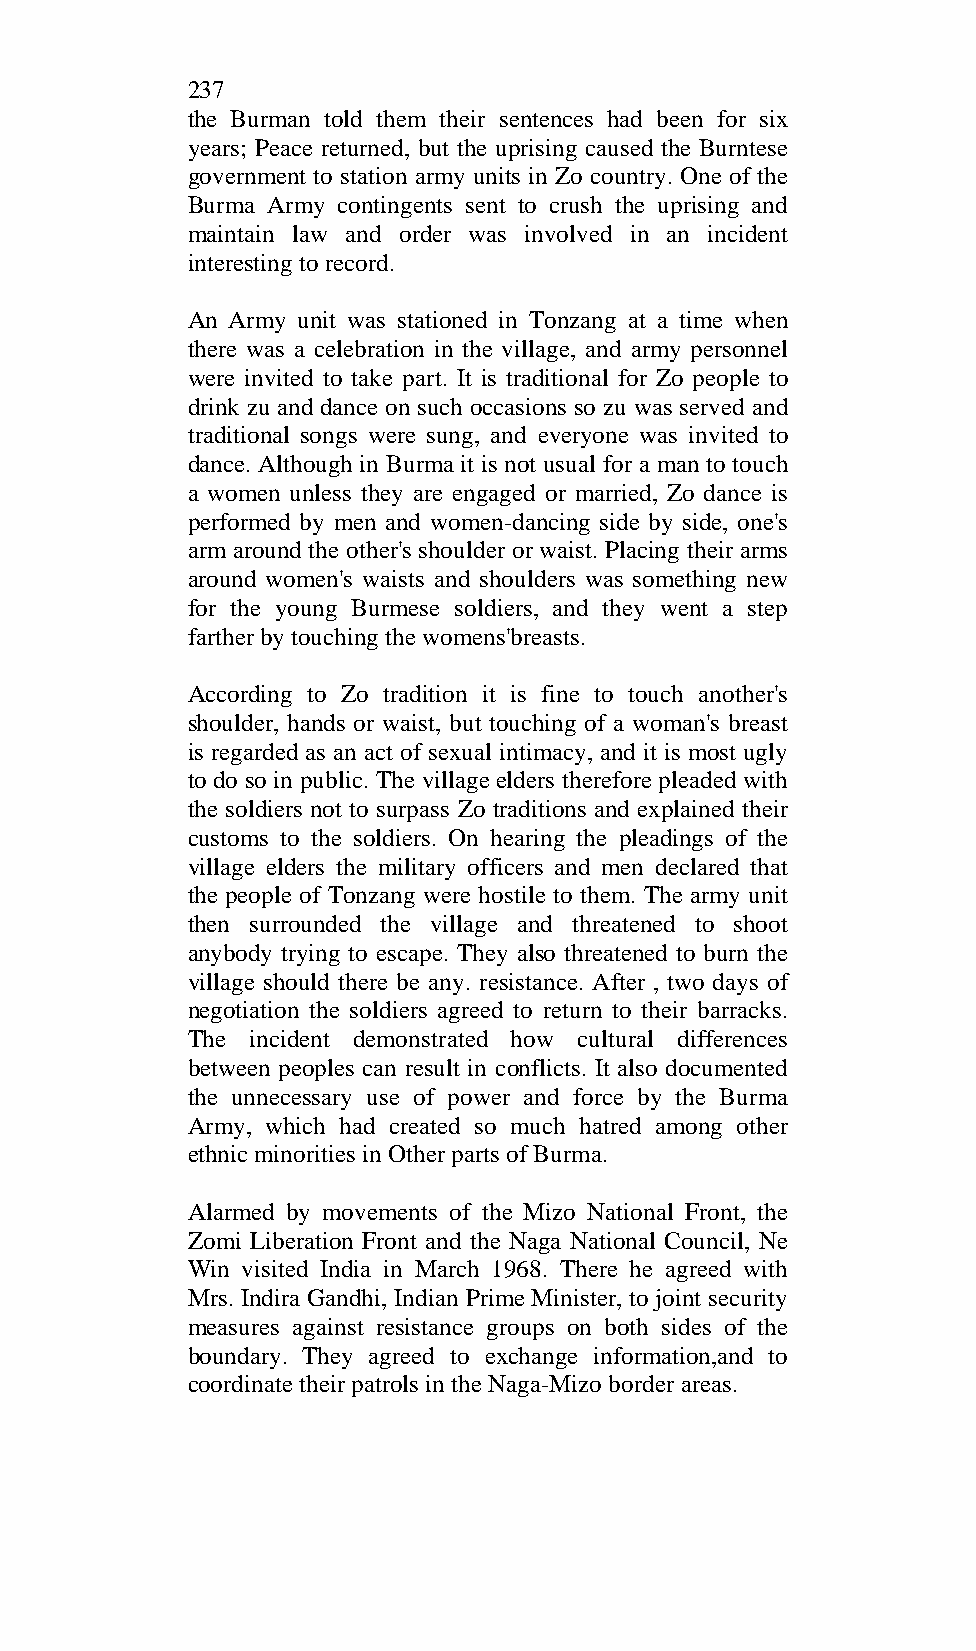
237
 the Burman told them their sentences had been for six
 years; Peace returned, but the uprising caused the Burntese
 government to station army units in Zo country. One of the
 Burma Army contingents sent to crush the uprising and
 maintain law and order was involved in an incident
 interesting to record.
 An Army unit was stationed in Tonzang at a time when
 there was a celebration in the village, and army personnel
 were invited to take part. It is traditional for Zo people to
 drink zu and dance on such occasions so zu was served and
 traditional songs were sung, and everyone was invited to
 dance. Although in Burma it is not usual for a man to touch
 a women unless they are engaged or married, Zo dance is
 performed by men and women-dancing side by side, one's
 arm around the other's shoulder or waist. Placing their arms
 around women's waists and shoulders was something new
 for the young Burmese soldiers, and they went a step
 farther by touching the womens'breasts.
 According to Zo tradition it is fine to touch another's
 shoulder, hands or waist, but touching of a woman's breast
 is regarded as an act of sexual intimacy, and it is most ugly
 to do so in public. The village elders therefore pleaded with
 the soldiers not to surpass Zo traditions and explained their
 customs to the soldiers. On hearing the pleadings of the
 village elders the military officers and men declared that
 the people of Tonzang were hostile to them. The army unit
 then surrounded the village and threatened to shoot
 anybody trying to escape. They also threatened to burn the
 village should there be any. resistance. After , two days of
 negotiation the soldiers agreed to return to their barracks.
 The  incident demonstrated how cultural differences
 between peoples can result in conflicts. It also documented
 the unnecessary use of power and force by the Burma
 Army, which had created so much hatred among other
 ethnic minorities in Other parts of Burma.
 Alarmed by movements of the Mizo National Front, the
 Zomi Liberation Front and the Naga National Council, Ne
 Win visited India in March 1968. There he agreed with
 Mrs. Indira Gandhi, Indian Prime Minister, to joint security
 measures against resistance groups on both sides of the
 boundary. They agreed to exchange information,and to
 coordinate their patrols in the Naga-Mizo border areas.